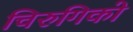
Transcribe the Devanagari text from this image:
चिरुगिको